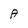
Character: A